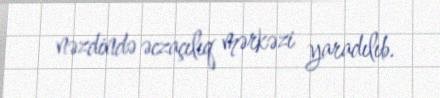
nəzdində əczaçılıq mərkəzi yaradılıb.